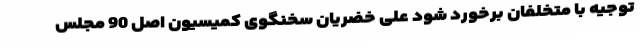
توجیه با متخلفان برخورد شود علی خضریان سخنگوی کمیسیون اصل 90 مجلس